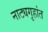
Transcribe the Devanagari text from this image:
नाट्यगृहांत